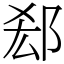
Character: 郄